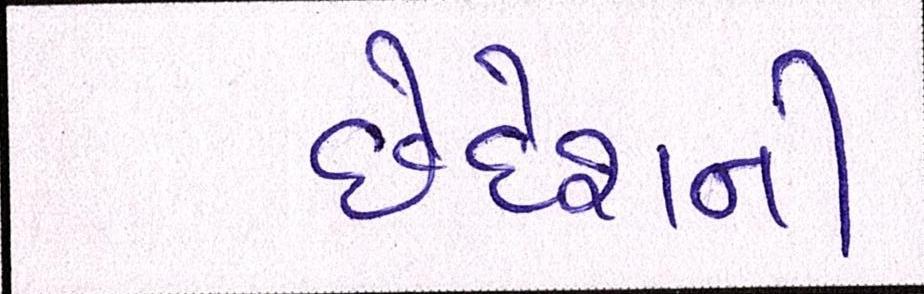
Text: છેદેશની